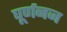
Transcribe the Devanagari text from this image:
घूर्णनज